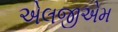
એલજીએમ